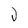
Character: J